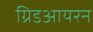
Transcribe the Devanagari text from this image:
ग्रिडआयरन